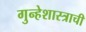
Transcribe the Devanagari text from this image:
गुन्हेशास्त्राची